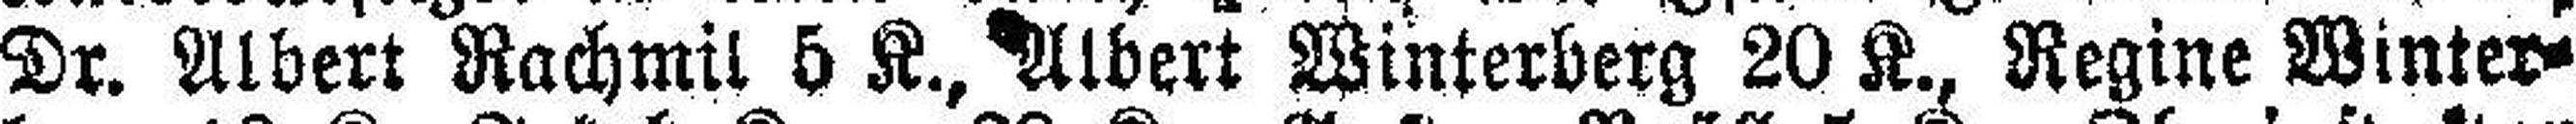
Dr. Albert Rachmil 5 K., Albert Winterberg 20 K., Regine Winter¬